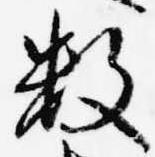
数